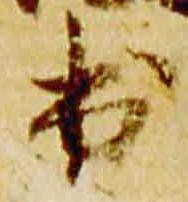
出